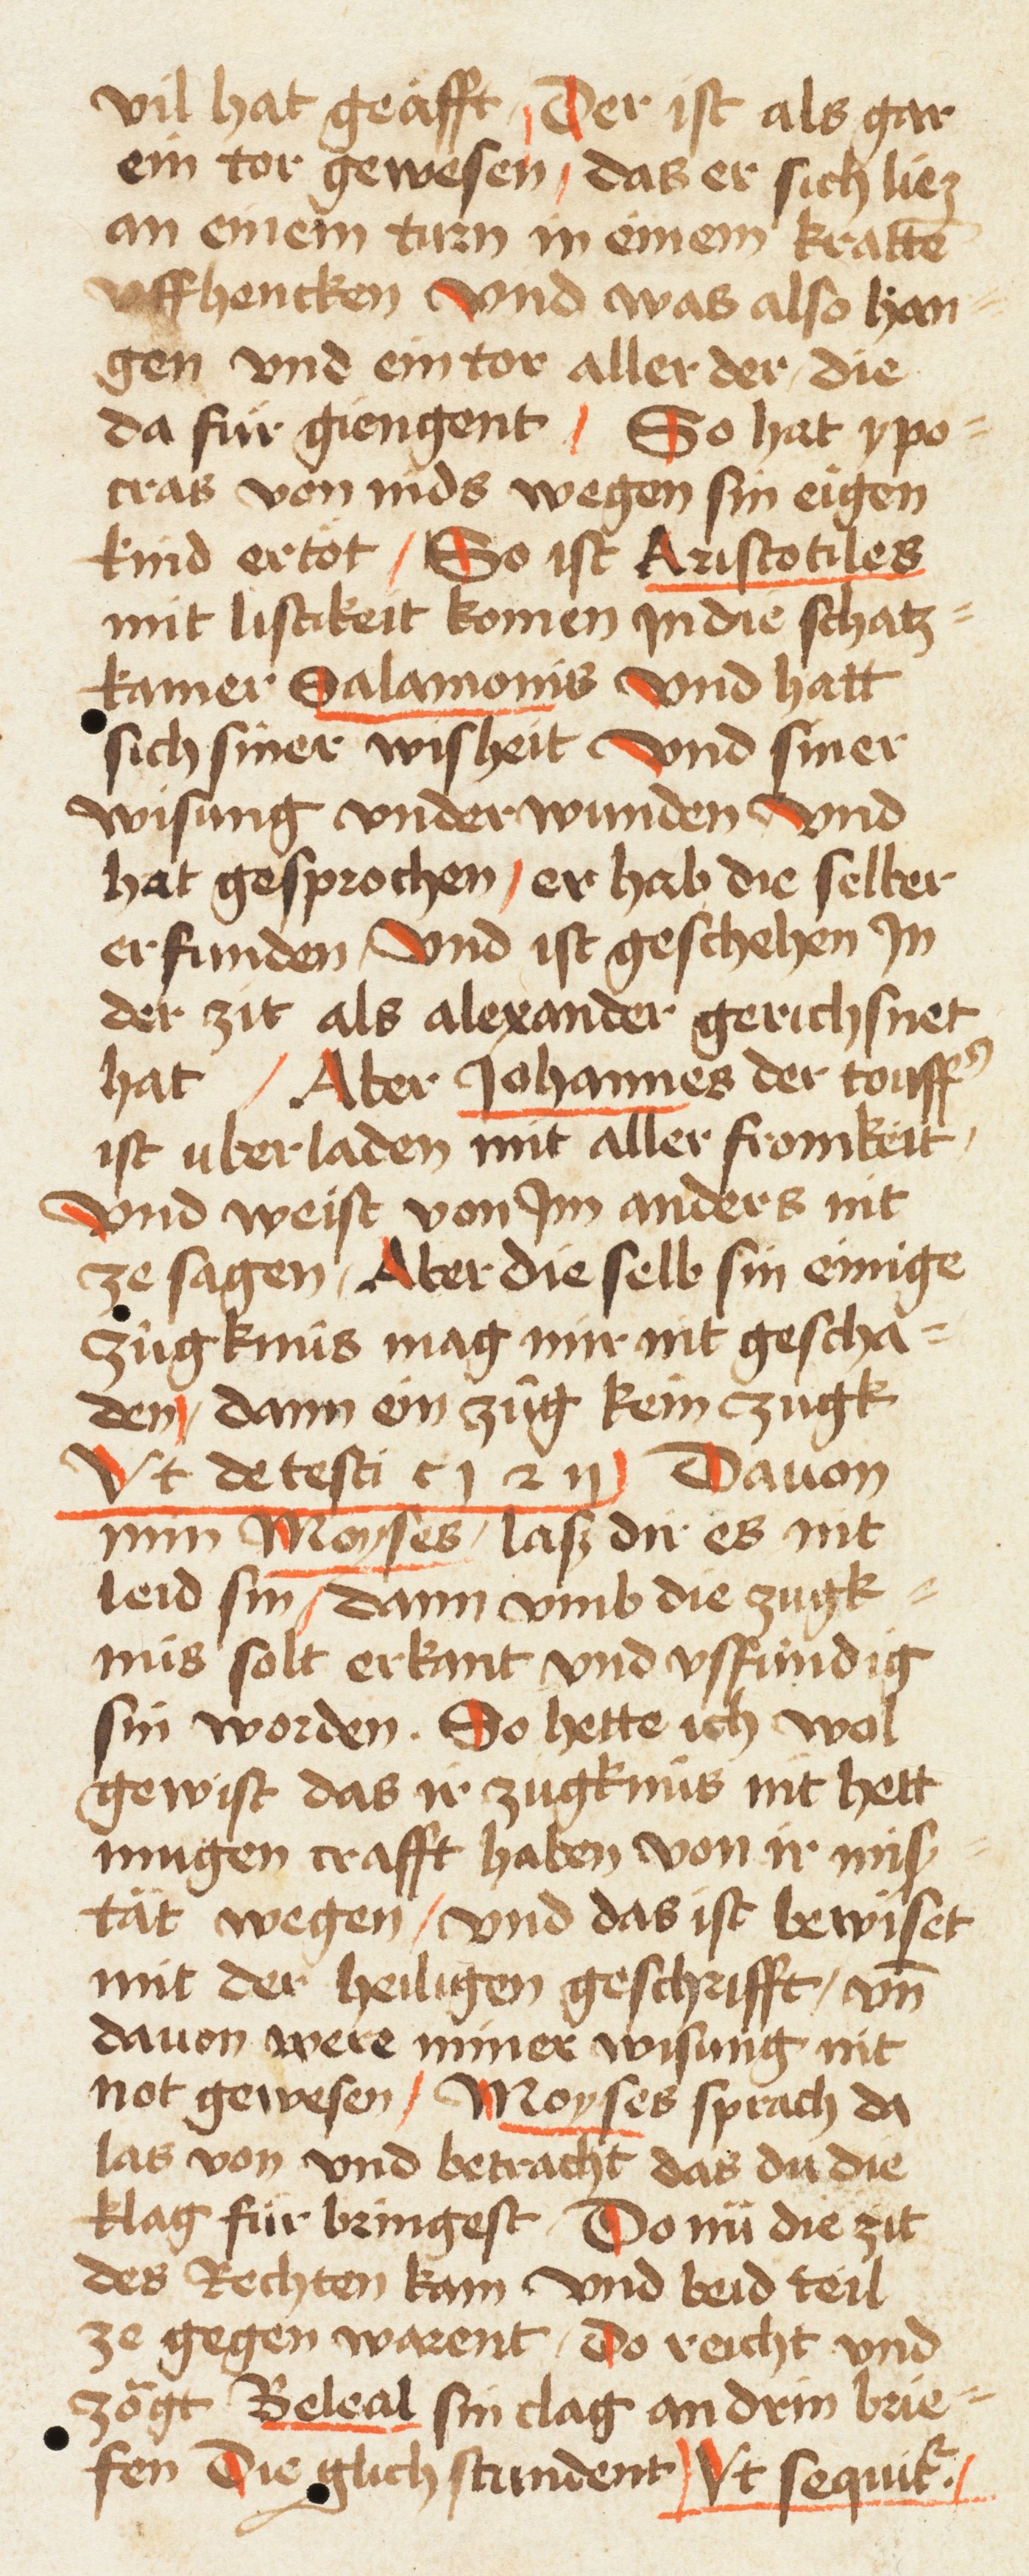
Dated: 1461–1461